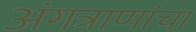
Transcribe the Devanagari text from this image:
अंगत्राणांचा